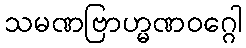
သမဏဗြာဟ္မဏဝဂ္ဂေါ